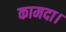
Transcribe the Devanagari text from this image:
कामदा।